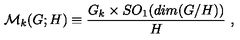
{ \cal M } _ { k } ( G ; H ) \equiv { \frac { G _ { k } \times S O _ { 1 } ( d i m ( G / H ) ) } { H } } \ ,